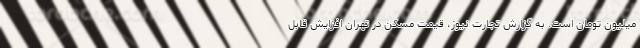
میلیون تومان است. به گزارش تجارت نیوز، قیمت مسکن در تهران افزایش قابل